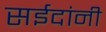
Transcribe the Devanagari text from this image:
सईदांनी